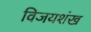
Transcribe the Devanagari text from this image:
विजयशंख